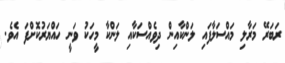
ރަބަރޭ މަރާލި މައްސަލާފައި ލަންކާއިން ދިވެއްސަކާއި ލަންކާ މީހަކު ވަނީ ހައްޔަރުކޮށްފަ އެވެ.